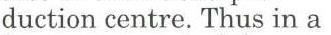
duction centre. Thus in a